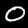
Label: 0